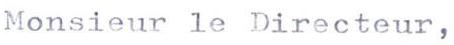
Monsieur le Directeur,